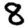
Digit: 8